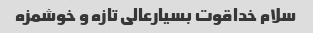
سلام خداقوت بسیارعالی تازه و خوشمزه